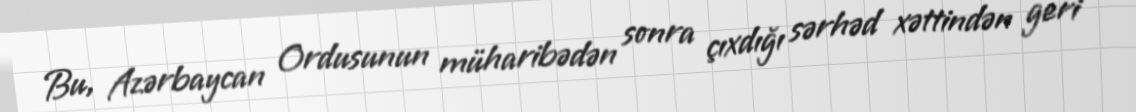
Bu, Azərbaycan Ordusunun müharibədən sonra çıxdığı sərhəd xəttindən geri